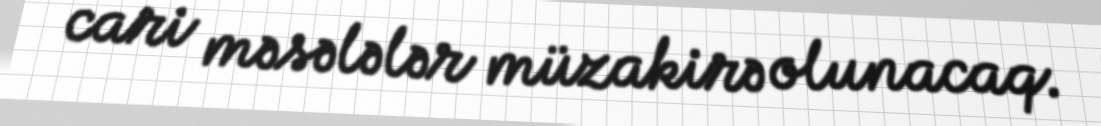
cari məsələlər müzakirə olunacaq.